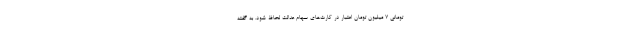
تومانی ۷ میلیون تومان اعتبار در کارت‌های سهام عدالت لحاظ شود. به گفته